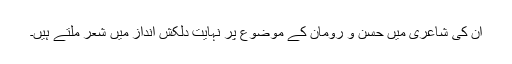
ان کی شاعری میں حسن و رومان کے موضوع پر نہایت دلکش انداز میں شعر ملتے ہیں۔